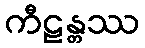
ကီဠန္တဿ